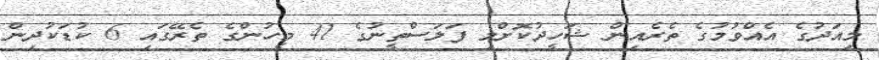
މިއަދުގެ އެއްވުމުގެ ތެރެއިން ޝަހީދުކޮށްލި ފަލަސްތީނުގެ 41 މީހުންގެ ތެރޭގައި 6 ކުޑަކުދިން